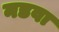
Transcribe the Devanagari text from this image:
नडवा